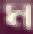
ম